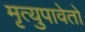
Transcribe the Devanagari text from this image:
मृत्युपावेतो